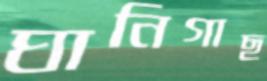
ঘানিগাছ